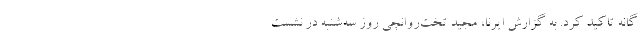
گانه تاکید کرد. به گزارش ایرنا، مجید تخت‌روانچی روز سه‌شنبه در نشست